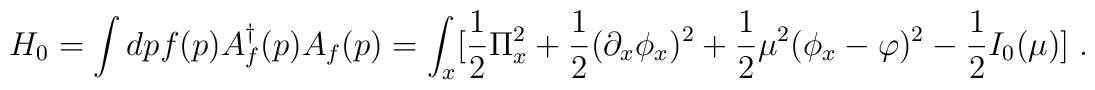
H_0=\int dp f(p) A^\dagger_f(p)A_f(p)=\int_x [ {\frac {1}{2}}\Pi^{2}_x                +{\frac {1}{2}}(\partial_x \phi_x)^2 +                {\frac {1}{2}}\mu^2 (\phi_x-\varphi)^2                -{\frac {1}{2}}I_0(\mu)]    \;.